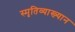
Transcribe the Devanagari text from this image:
स्मृतिव्याख्यान